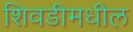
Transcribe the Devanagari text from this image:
शिवडीमधील